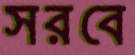
সরবে